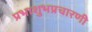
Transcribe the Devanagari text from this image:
प्रभाशुभप्रचारणी